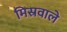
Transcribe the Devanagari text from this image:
मिस्रवाले